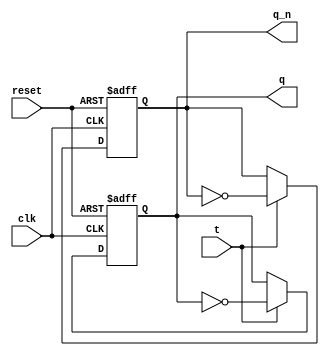
module t_flipflop (
    input wire clk,
    input wire reset,
    input wire t,
    output reg q,
    output reg q_n
);

always @(posedge clk or posedge reset) begin
    if (reset) begin
        q <= 0;
        q_n <= 1;
    end else if (t) begin
        q <= ~q;
        q_n <= ~q_n;
    end
end

endmodule